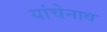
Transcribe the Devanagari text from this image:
यांचेनाव